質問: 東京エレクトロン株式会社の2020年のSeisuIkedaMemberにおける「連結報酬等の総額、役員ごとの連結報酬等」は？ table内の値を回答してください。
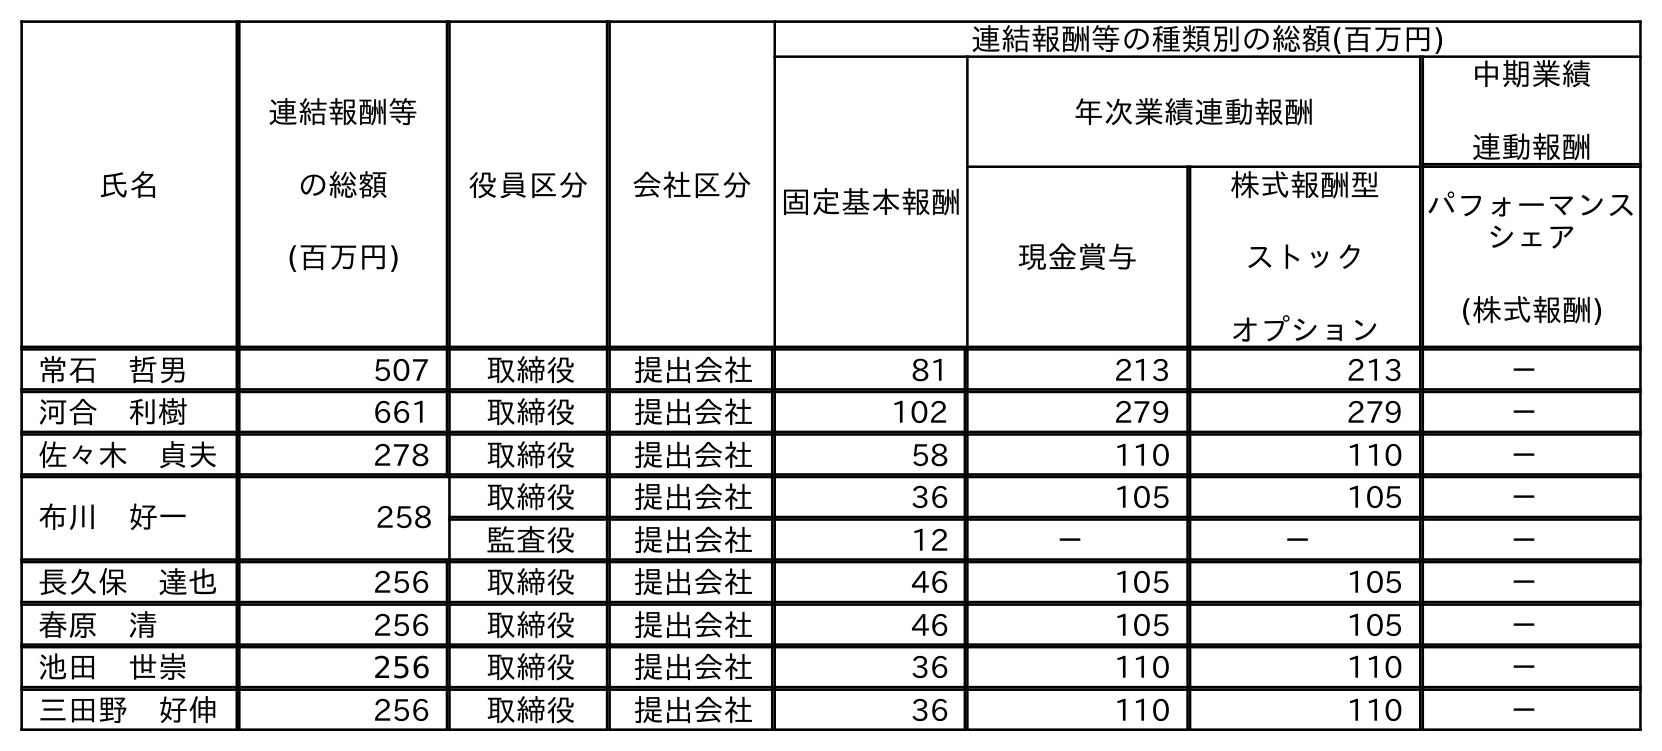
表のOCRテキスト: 氏名 連結報酬等 の総額 (百万円) 役員区分 会社区分 連結報酬等の種類別の総額(百万円) 固定基本報酬 年次業績連動報酬 中期業績 連動報酬 現金賞与 株式報酬型 ストック オプション パフォーマンス シェア (株式報酬) 常石 哲男 507 取締役 提出会社 81 213 213 － 河合 利樹 661 取締役 提出会社 102 279 279 － 佐々木 貞夫 278 取締役 提出会社 58 110 110 － 布川 好一 258 取締役 提出会社 36 105 105 － 監査役 提出会社 12 － － － 長久保 達也 256 取締役 提出会社 46 105 105 － 春原 清 256 取締役 提出会社 46 105 105 － 池田 世崇 256 取締役 提出会社 36 110 110 － 三田野 好伸 256 取締役 提出会社 36 110 110 －
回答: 256